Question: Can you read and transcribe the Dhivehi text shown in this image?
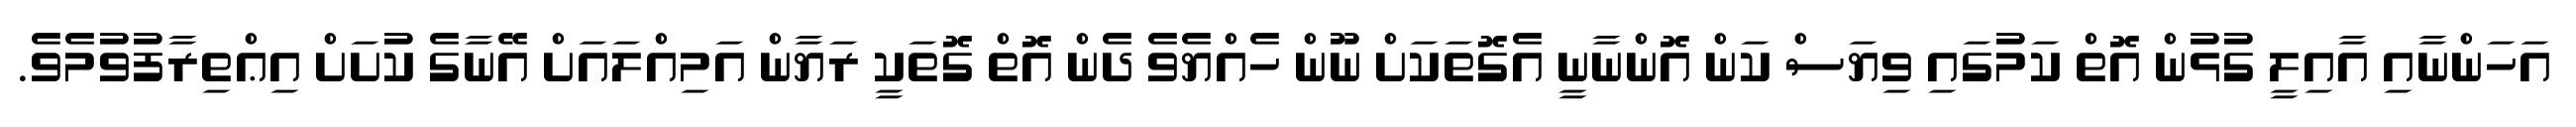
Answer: އަހަންނާއި އާއިލީ ގުޅުން އޮތް ކަމުގައި ވިޔަސް ކަން އޮންނާނީ އެގޮތަކަށް ނޫން ހެއްޔެވެ ދެން އޮތް ގޮތަކީ ރަޔާން އަމިއްލައަށް އޭނާގެ ކުށަށް އިޢްތިރާފުވުމެވެ.